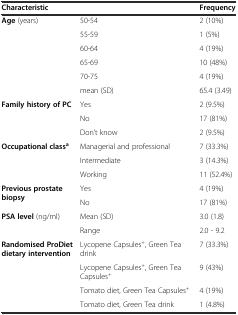
<table><thead><tr><td><b>Characteristic</b></td><td></td><td><b>Frequency</b></td></tr></thead><tbody><tr><td rowspan="6"><b>Age</b> (years)</td><td>50-54</td><td>2 (10%)</td></tr><tr><td>55-59</td><td>1 (5%)</td></tr><tr><td>60-64</td><td>4 (19%)</td></tr><tr><td>65-69</td><td>10 (48%)</td></tr><tr><td>70-75</td><td>4 (19%)</td></tr><tr><td>mean (SD)</td><td>65.4 (3.49)</td></tr><tr><td rowspan="3"><b>Family history of PC</b></td><td>Yes</td><td>2 (9.5%)</td></tr><tr><td>No</td><td>17 (81%)</td></tr><tr><td>Don’t know</td><td>2 (9.5%)</td></tr><tr><td rowspan="3"><b>Occupational class</b><sup><b>a</b></sup></td><td>Managerial and professional</td><td>7 (33.3%)</td></tr><tr><td>Intermediate</td><td>3 (14.3%)</td></tr><tr><td>Working</td><td>11 (52.4%)</td></tr><tr><td rowspan="2"><b>Previous prostate biopsy</b></td><td>Yes</td><td>4 (19%)</td></tr><tr><td>No</td><td>17 (81%)</td></tr><tr><td rowspan="2"><b>PSA level</b> (ng/ml)</td><td>Mean (SD)</td><td>3.0 (1.8)</td></tr><tr><td>Range</td><td>2.0 - 9.2</td></tr><tr><td rowspan="4"><b>Randomised ProDiet dietary intervention</b></td><td>Lycopene Capsules<sup>+</sup>, Green Tea drink</td><td>7 (33.3%)</td></tr><tr><td>Lycopene Capsules<sup>+</sup>, Green Tea Capsules<sup>+</sup></td><td>9 (43%)</td></tr><tr><td>Tomato diet, Green Tea Capsules<sup>+</sup></td><td>4 (19%)</td></tr><tr><td>Tomato diet, Green Tea drink</td><td>1 (4.8%)</td></tr></tbody></table>